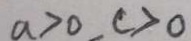
a > 0 , c > 0